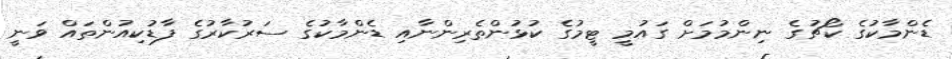
ޑެންމާކުގެ ކޯޗުގެ ނިންމުމަށް ގައުމީ ޓީމުގެ ކުޅުންތެރިންނާއި ޑެންމާކުގެ ސަރުކާރުގެ ފާޑުކިއުންތައް ވަނީ